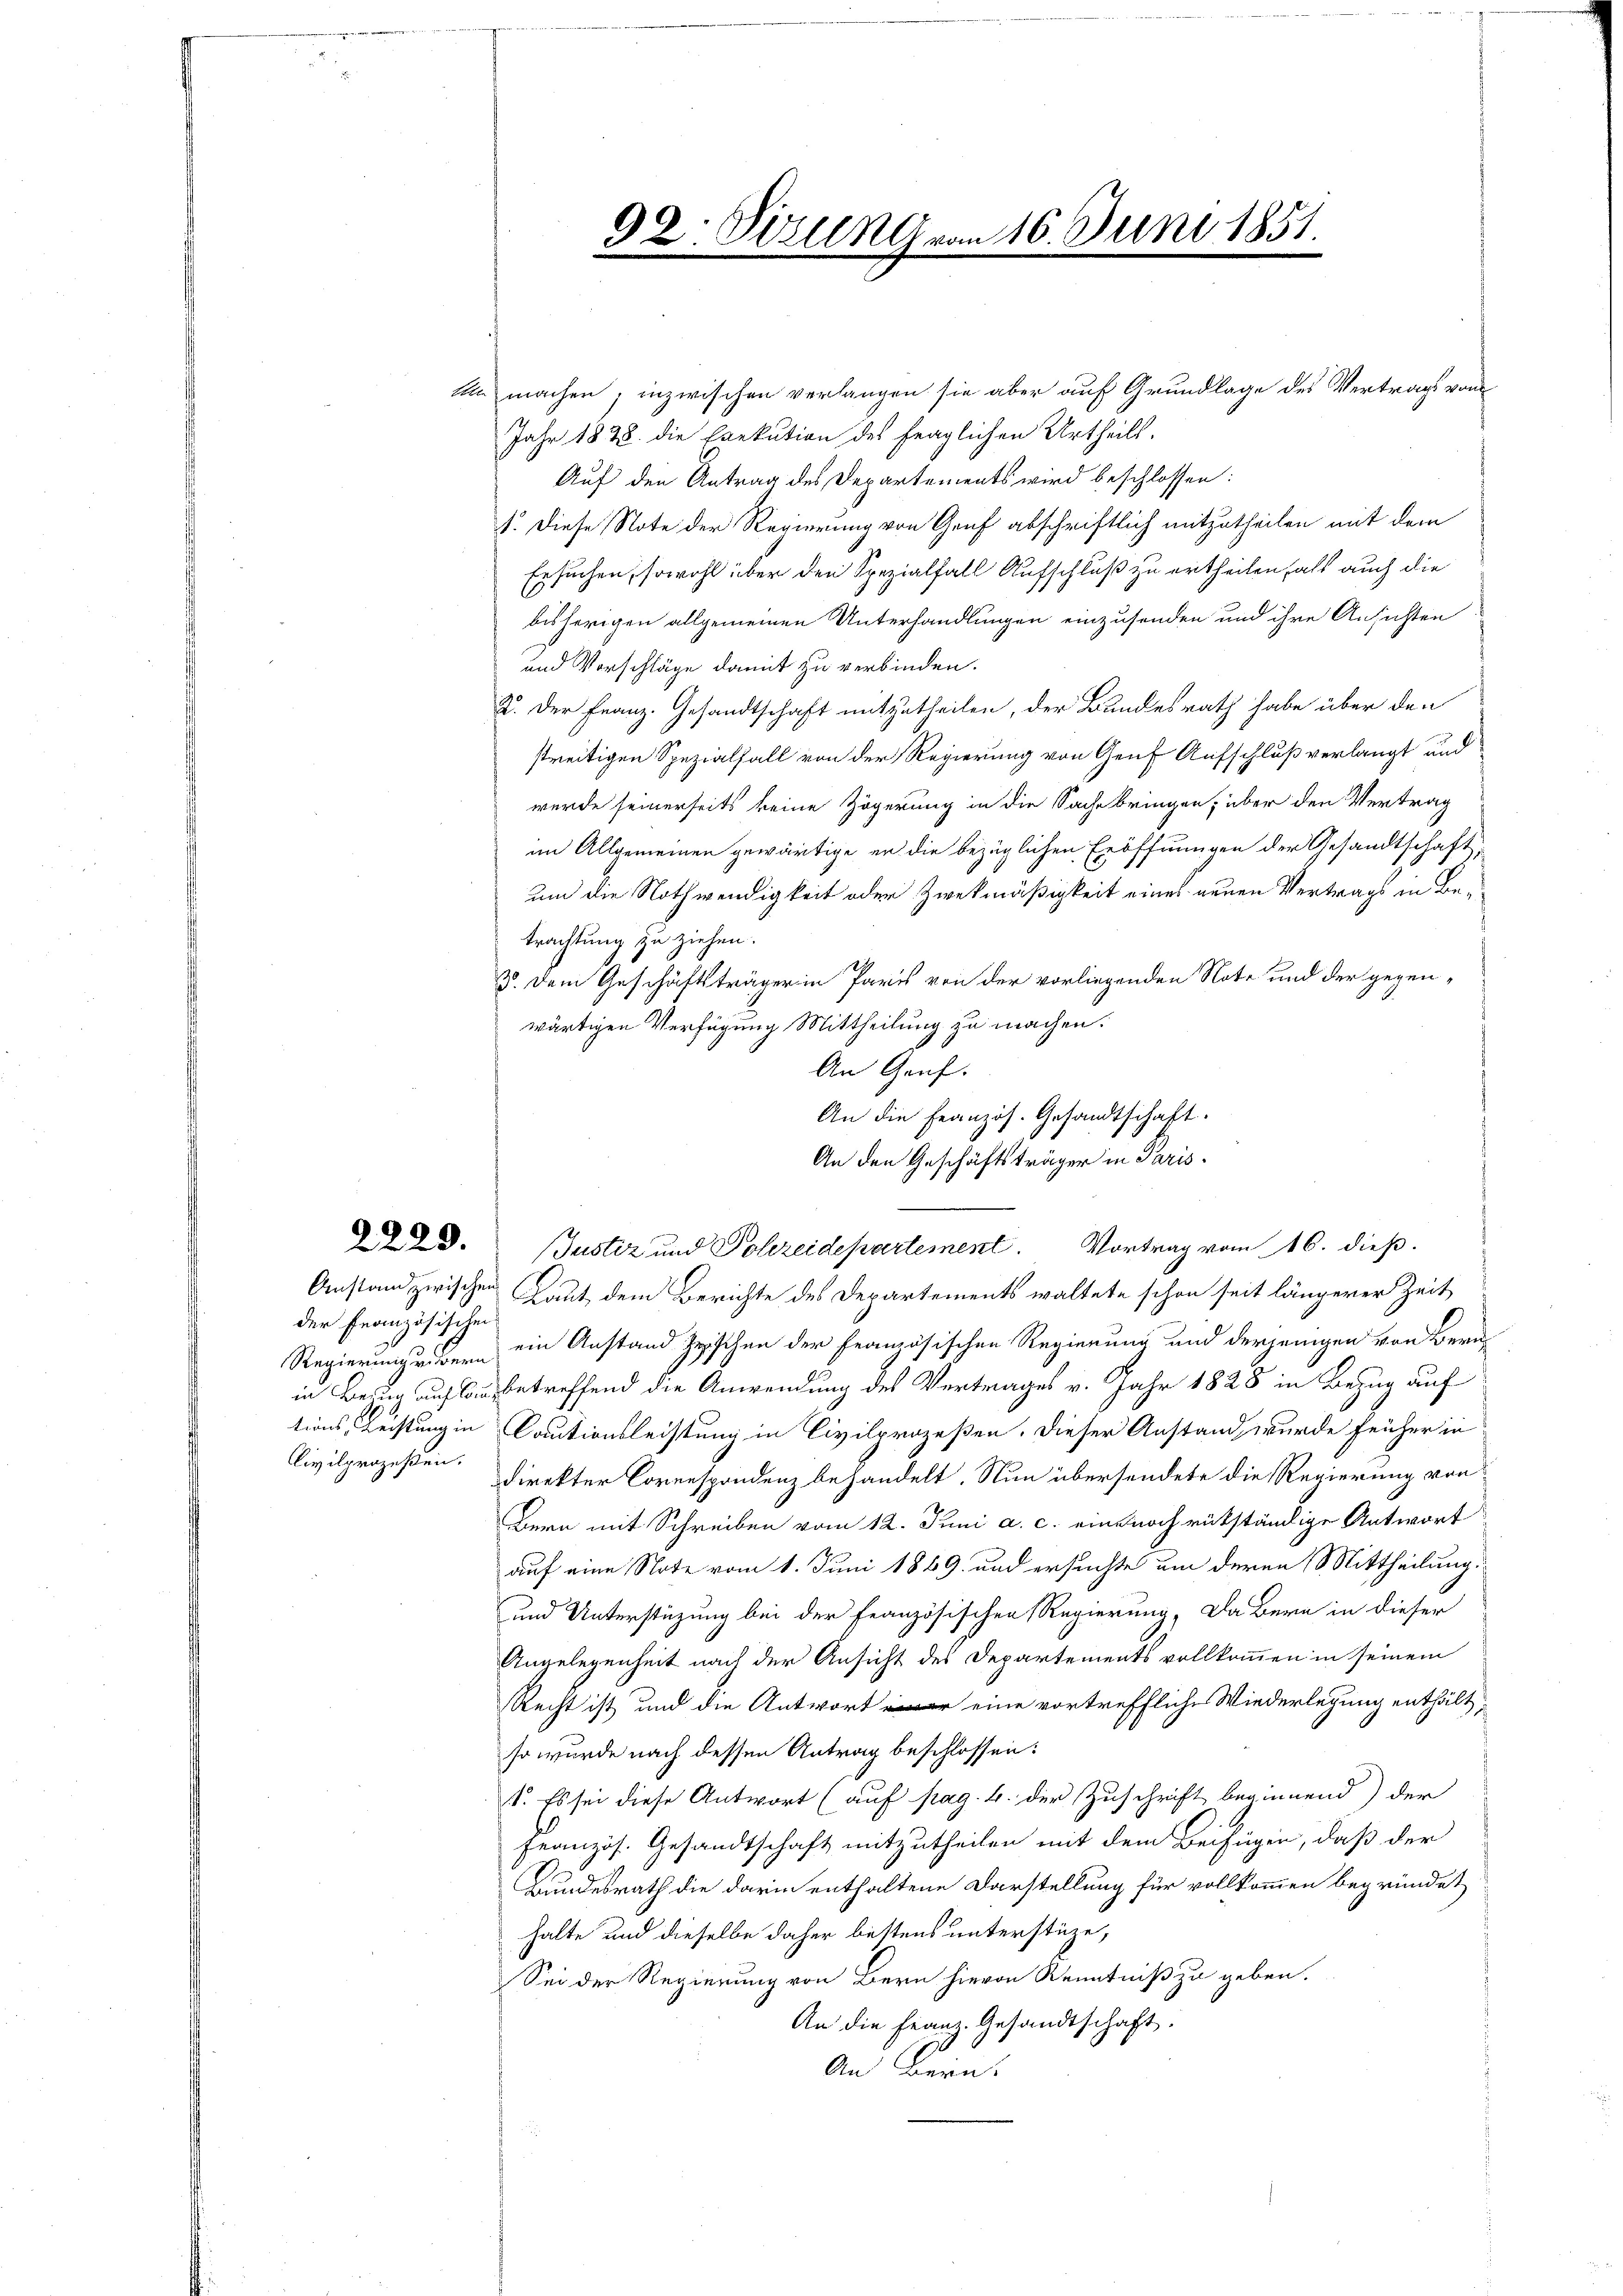
An machen, inzwischen verlangen sie aber auf Grundlage des Vertrags von
Jahr 1828. die Exekution des fraglichen Urtheils.
Auf den Antrag des Departements wird beschlossen:
1. Diese Note der Regierung von Genf abschriftlich mitzutheilen mit dem
Ersuchen, sowohl über den Spezialfall Aufschluß zu ertheilen fals auch die
bisherigen allgemeinen Unterhandlungen einzusenden und ihre Ansichten
und Vorschläge damit zu verbinden.
2. Der Franz. Gesandtschaft mitzutheilen, der Bundesrath habe über den
streitigen Spezialfall von der Regierung von Genf Aufschluß verlangt und
wurde seinerseits keine Zögerung in die Sache bringen, über den Vertrag
im Allgemeinen gewärtige er die bezüglichen Eröffnungen der Gesandtschaft,
um die Nothwendigkeit oder Zweckmäßigkeit eines neuen Vertrags in Betrachtung zu ziehen.
B. Dem Geschäftsträger in Paris von der vorliegenden Note und der gegenwärtigen Verfügung Mittheilung zu machen.
An Genf.
An die Französ. Gesandtschaft.
An den Geschäftsträger in Paris.
23. Justiz und Polizeidepartement. Vortrag vom 16. dieß.
Anstand zwischen Laut dem Berichte des Departements waltete schon seit längerer Zeit
Regierungsr. Bern ein Anstand zwischen der Französischen Regierung und derjenigen von Berain Bezug auf bin betreffend die Anwendung des Vertrages v. Jahr 1828 in Bezug auf
tions, Leistung in Cautionsleistung in Civilprozeßen. Dieser Anstand wurde früher in
Civilprozeßen. Direkter Correspondenz behandelt. Nun übersendete die Regierung von
Bern mit Schreiben vom 12. Juni a. c. eine noch rükständige Antwort
auf eine Note vom 1. Juni 1869 und ersuchte um deren Mittheilung.
und Unterstüzung bei der französischen Regierung, Da Bern in dieser
Angelegenheit nach der Ansicht des Departements vollkommen in seinem
Recht ist und die Antwort er eine vortreffliche Wiederlegung enthält,
so wurde nach dessen Antrag beschlossen:
1. Es sei diese Antwort (auf pag. 4. der Zuschrift beginnend) der
Französ. Gesandtschaft mitzutheilen mit dem Beifügen, daß der
Bundesrath die darin enthaltene Darstellung für vollkommen begründet
halte und dieselbe daher bestens unterstüze,
Sei der Regierung von Bern hievon Kenntniß zu geben.
An die Franz. Gesandtschaft.
An Bern,

der Französischen

92. Sitzung von 16. Juni 1851.